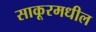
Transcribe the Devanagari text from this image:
साकूरमधील